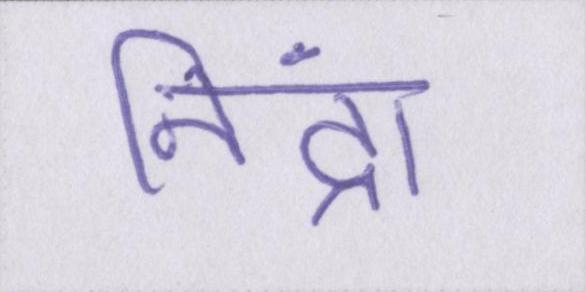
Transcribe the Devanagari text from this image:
निंद्रा